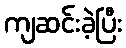
ကျဆင်းခဲ့ပြီး